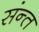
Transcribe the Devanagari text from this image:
संन्त